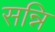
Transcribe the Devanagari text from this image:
सन्नि